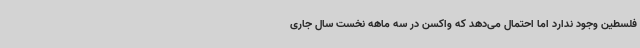
فلسطین وجود ندارد اما احتمال می‌دهد که واکسن در سه ماهه نخست سال جاری